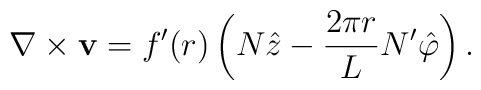
\nabla \times {\bf v} = f^{\prime}(r)\left(N\hat{z} - \frac{2\pi r} L N'\hat{\varphi} \right).